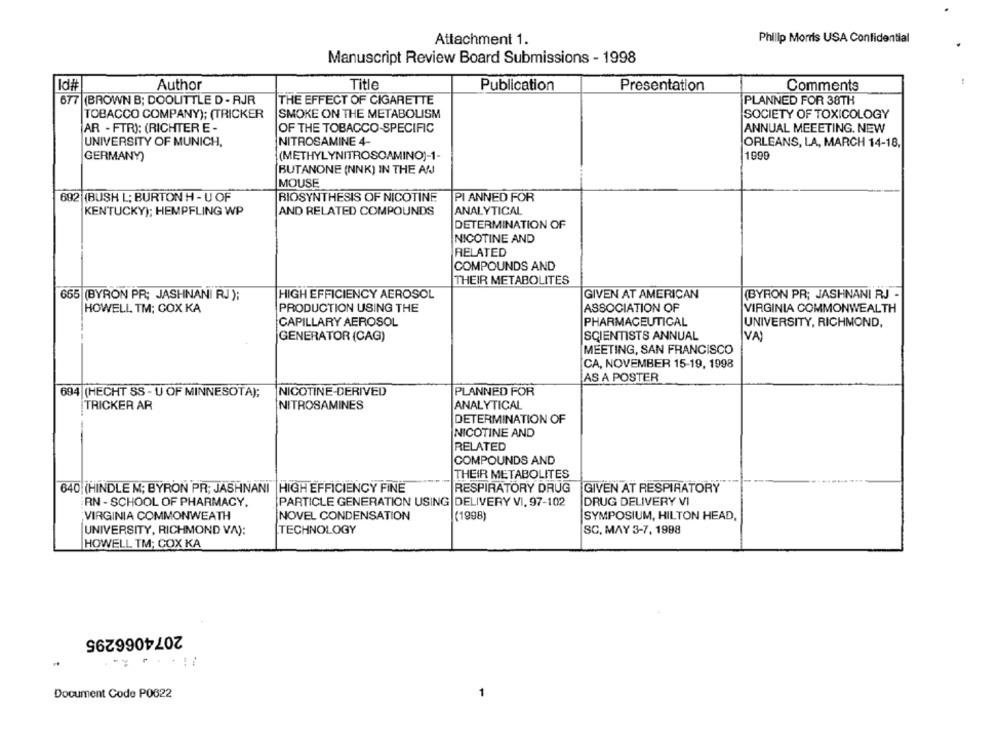
Attachment 1.
Philip Morris USA Confidential
Manuscript Review Board Submissions - 1998
Id#
Author
Title
Publication
Presentation
Comments
677 (BROWN B; DOOLITTLE D - RJR
THE EFFECT OF CIGARETTE
PLANNED FOR 38TH
TOBACCO COMPANY); (TRICKER
SMOKE ON THE METABOLISM
SOCIETY OF TOXICOLOGY
AR - FTRI: (RICHTER E -
OF THE TOBACCO-SPECIFIC
ANNUAL MEEETING, NEW
UNIVERSITY OF MUNICH,
NITROSAMINE 4-
ORLEANS, LA, MARCH 14-18,
(METHYLYNITROSOAMINO)-1-
1990
GERMANY)
BUTANONE (NNK) IN THE ANJ
MOUSE
692 (BUSH L; BURTON H - U OF
BIOSYNTHESIS OF NICOTINE
PI ANNED FOR
KENTUCKY); HEMPFLING WP
AND RELATED COMPOUNDS
ANALYTICAL
DETERMINATION OF
NICOTINE AND
RELATED
COMPOUNDS AND
THEIR METABOLITES
665 (BYRON PR; JASHNAN] RJ );
HIGH EFFICIENCY AEROSOL
GIVEN AT AMERICAN
(BYRON PR; JASHNANI RJ -
HOWELL TM; COX KA
PRODUCTION USING THE
ASSOCIATION OF
VIRGINIA COMMONWEALTH
CAPILLARY AEROSOL
PHARMACEUTICAL
UNIVERSITY, RICHMOND,
GENERATOR (CAG)
SCIENTISTS ANNUAL
VA)
MEETING, SAN FRANCISCO
CA, NOVEMBER 15-19, 1998
AS A POSTER
694 (HECHT SS - U OF MINNESOTA);
NICOTINE-DERIVED
PLANNED FOR
TRICKER AR
NITROSAMINES
ANALYTICAL
DETERMINATION OF
NICOTINE AND
RELATED
COMPOUNDS AND
THEIR METABOLITES
640 (HINDLE M; BYRON PR; JASHNANI |HIGH EFFICIENCY FINE
RESPIRATORY DRUG
GIVEN AT RESPIRATORY
RN - SCHOOL OF PHARMACY,
PARTICLE GENERATION USING DELIVERY VI. 97-102
DRUG DELIVERY VI
VIRGINIA COMMONWEATH
NOVEL CONDENSATION
(1998)
SYMPOSIUM, HILTON HEAD,
UNIVERSITY, RICHMOND VA):
TECHNOLOGY
SC. MAY 3-7, 1998
HOWELL TM; COX KA
2074066295
Document Code P0622
-